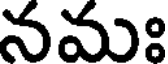
నమః